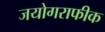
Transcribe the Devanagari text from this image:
जयोगराफीक